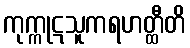
ကုက္ကုဋသူကရဟတ္ထီတိ